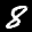
Label: 8